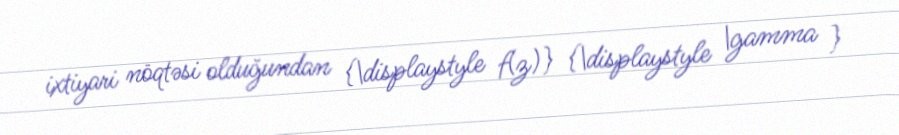
ixtiyari nöqtəsi olduğundan {\displaystyle f(z)} {\displaystyle \gamma }